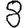
Digit: 8